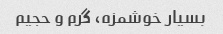
بسیار خوشمزه، گرم و حجیم